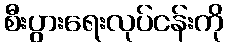
စီးပွားရေးလုပ်ငန်းကို